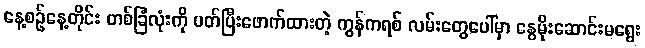
နေ့စဉ်နေ့တိုင်း တစ်ခြံလုံးကို ပတ်ပြီးဖောက်ထားတဲ့ ကွန်ကရစ် လမ်းတွေပေါ်မှာ နွေမိုးဆောင်းမရွေး